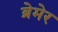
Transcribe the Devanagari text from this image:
ब्रेमेर